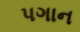
પગાન